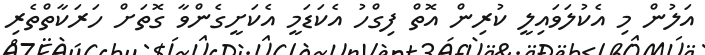
އަލުން މި އެކުލަވައިލީ ކުރިން އޮތް ފިގްހު އެކަޑަމީ އެކަށީގެންވާ ގޮތަށް ހަރަކާތްތެރި